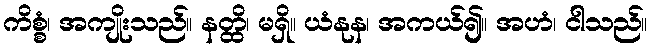
ကိစ္စံ၊ အကျိုးသည်။ နတ္ထိ၊ မရှိ။ ယံနုန၊ အကယ်၍။ အဟံ၊ ငါသည်။